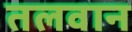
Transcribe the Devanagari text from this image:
तलवान